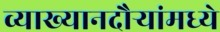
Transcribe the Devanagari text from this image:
व्याख्यानदौर्‍यांमध्ये